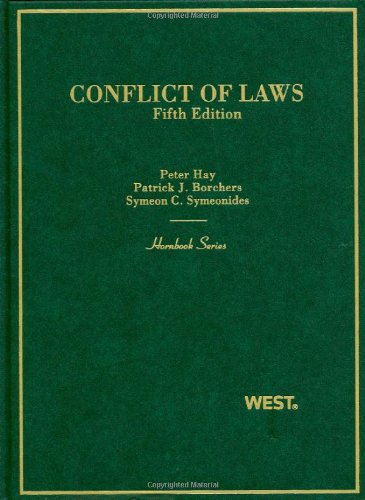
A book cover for Conflict of Laws (Hornbook); Peter Hay; Law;